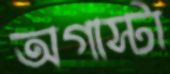
অগাস্টা